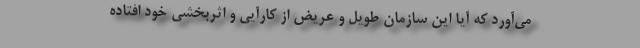
می‌آورد که آیا این سازمان طویل و عریض از کارآیی و اثربخشی خود افتاده